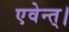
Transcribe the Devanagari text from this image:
एवेन्त्।